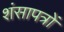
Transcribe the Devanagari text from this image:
शंसापत्रों